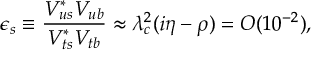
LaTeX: \epsilon _ { s } \equiv \frac { V _ { u s } ^ { \ast } V _ { u b } } { V _ { t s } ^ { \ast } V _ { t b } } \approx \lambda _ { c } ^ { 2 } ( i \eta - \rho ) = O ( 1 0 ^ { - 2 } ) ,